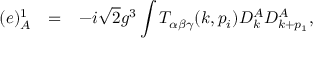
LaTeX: \begin{array} { r c l } { { ( e ) _ { A } ^ { 1 } } } & { { = } } & { { \displaystyle - i \sqrt { 2 } g ^ { 3 } \int T _ { \alpha \beta \gamma } ( k , p _ { i } ) D _ { k } ^ { A } D _ { k + p _ { 1 } } ^ { A } , } } \end{array}